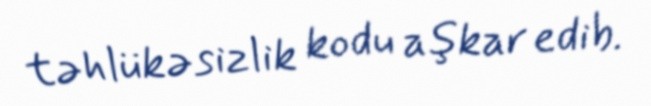
təhlükəsizlik kodu aşkar edib.